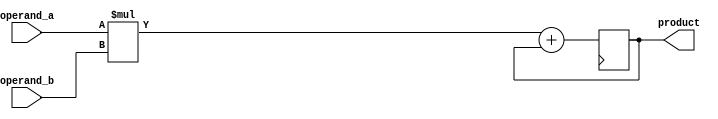
module carry_save_multiplier (
    input wire [7:0] operand_a,
    input wire [7:0] operand_b,
    output reg [15:0] product
);

reg [15:0] partial_product;

// Arithmetic block for partial product calculation
always @(*) begin
    partial_product = {8'b0, operand_a} * operand_b;
end

// Arithmetic block for accumulation
always @(posedge clk) begin
    product <= partial_product + product;
end

endmodule